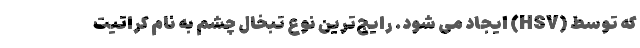
که توسط (HSV) ایجاد می شود. رایج‌ترین نوع تبخال چشم به نام کراتیت